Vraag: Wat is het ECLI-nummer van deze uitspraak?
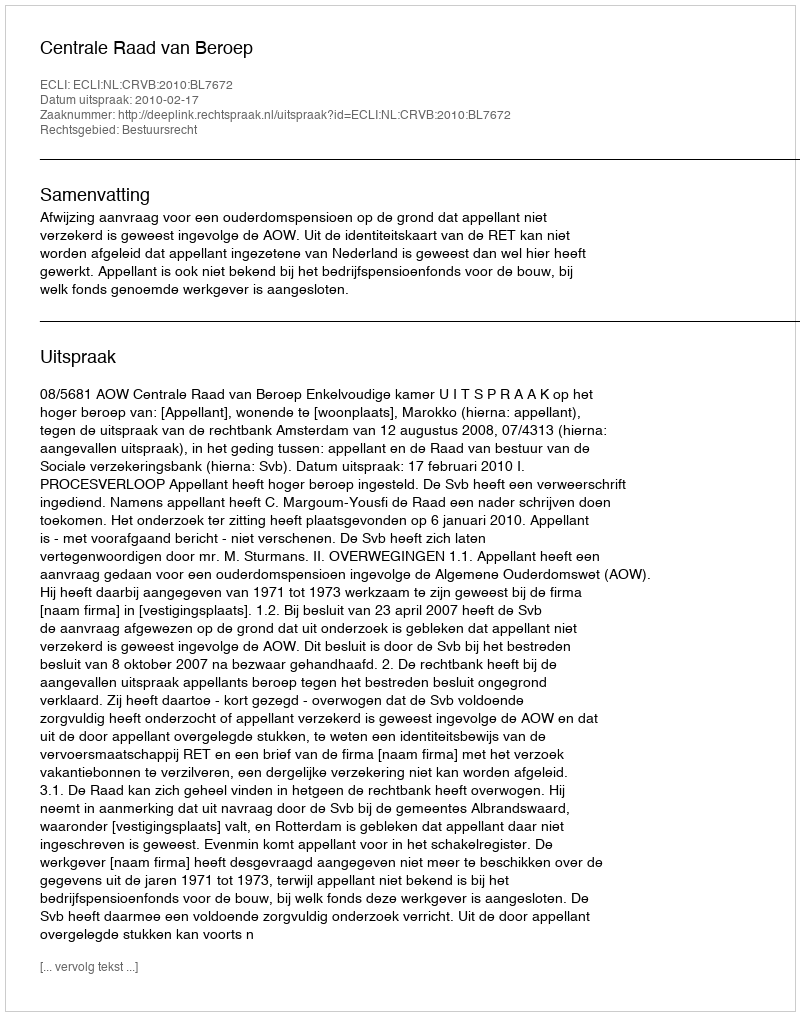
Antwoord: ECLI:NL:CRVB:2010:BL7672